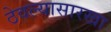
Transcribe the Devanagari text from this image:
ठेवल्यासारखा